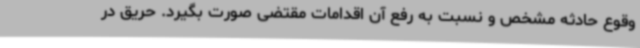
وقوع حادثه مشخص و نسبت به رفع آن اقدامات مقتضی صورت بگیرد. حریق در